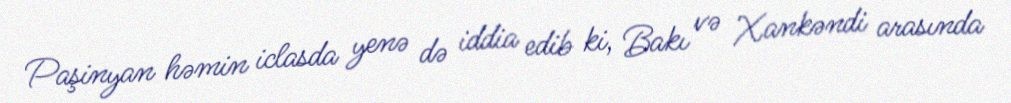
Paşinyan həmin iclasda yenə də iddia edib ki, Bakı və Xankəndi arasında